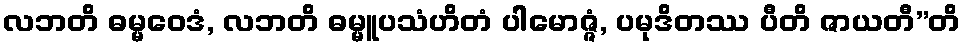
လဘတိ ဓမ္မဝေဒံ, လဘတိ ဓမ္မူပသံဟိတံ ပါမောဇ္ဇံ, ပမုဒိတဿ ပီတိ ဇာယတီ”တိ